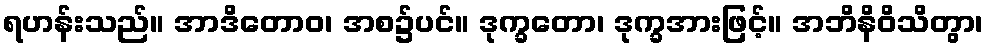
ရဟန်းသည်။ အာဒိတောဝ၊ အစ၌ပင်။ ဒုက္ခတော၊ ဒုက္ခအားဖြင့်။ အဘိနိဝိသိတွာ၊